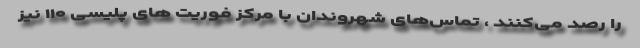
را رصد می‌کنند ، تماس‌های شهروندان با مرکز فوریت های پلیسی ۱۱۰ نیز